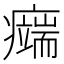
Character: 𤻨